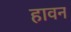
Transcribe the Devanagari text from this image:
हावन